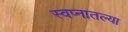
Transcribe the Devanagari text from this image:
स्वप्नातल्या